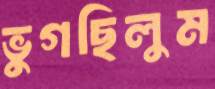
ভুগছিলুম